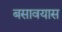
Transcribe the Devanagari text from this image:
बसावयास